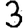
Digit: 3